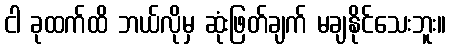
ငါ ခုထက်ထိ ဘယ်လိုမှ ဆုံးဖြတ်ချက် မချနိုင်သေးဘူး။